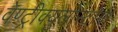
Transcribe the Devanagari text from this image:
वेण्ट्रीक्युलोस्टोमी